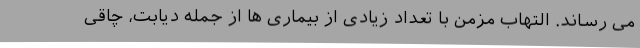
می رساند. التهاب مزمن با تعداد زیادی از بیماری ها از جمله دیابت، چاقی